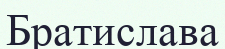
Братислава